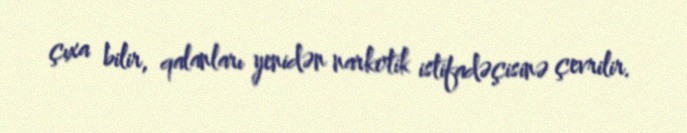
çıxa bilir, qalanları yenidən narkotik istifadəçisinə çevrilir.